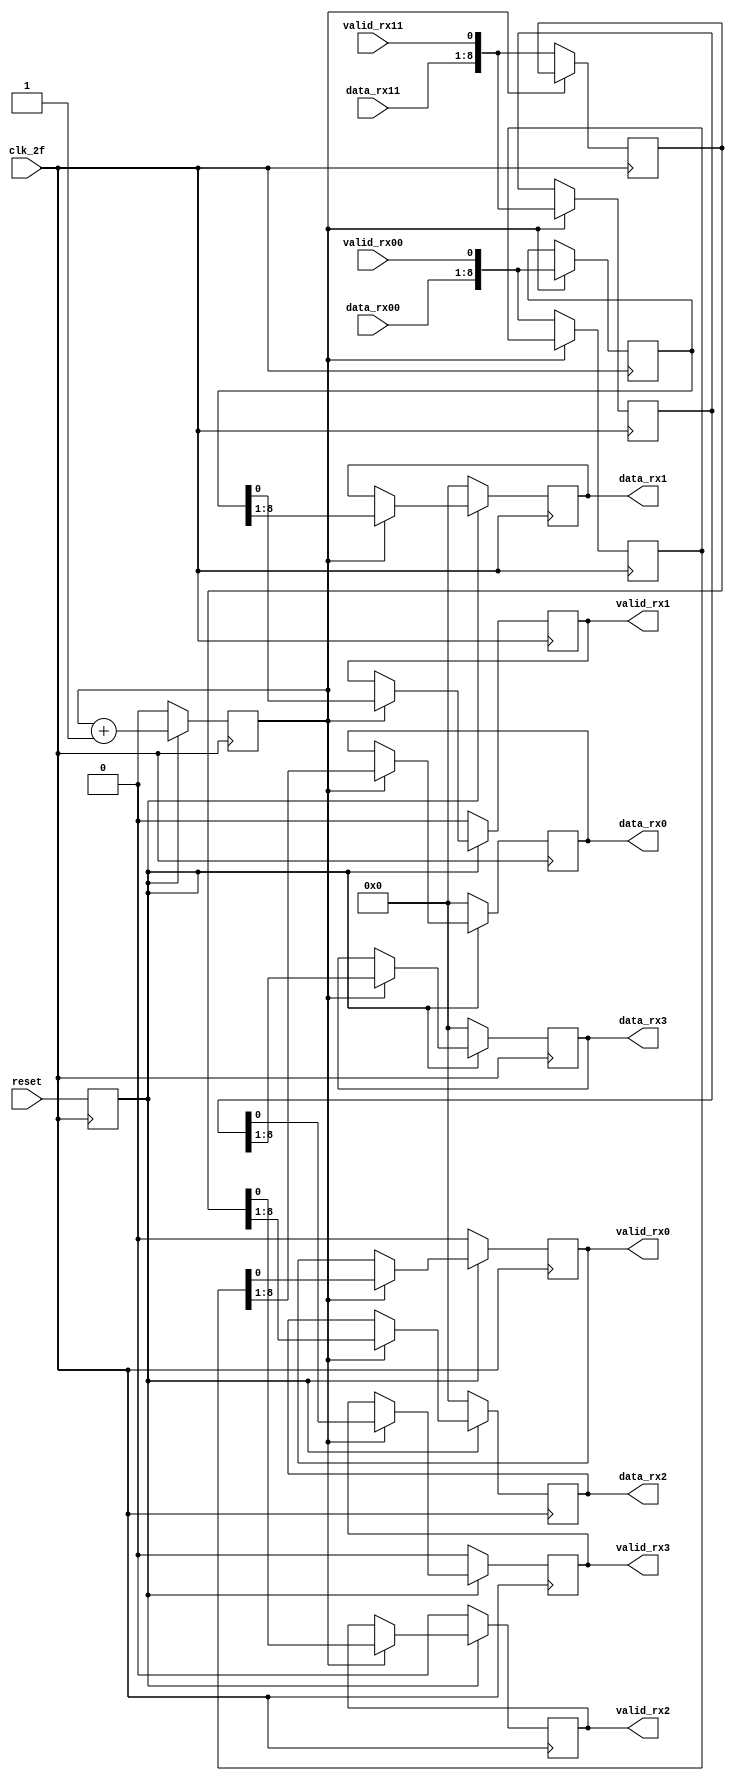
/* CREADOR: FREDDY ZUNIGA CERDAS PARA EL PROYECTO 1 DE
 CIRCUITOS DIGITALES II I SEMESTRE 2021.
 
 ESTE MODULO SE ENCARGA DE PASAR 2 LINEAS DE DATOS EN
 PARALELO A 4 LINEAS EN PARALELO DUPLICANDO EL PERIODO.
 
 LAS SALIDAS YA SALEN SINCRONIZADAS AL FLANCO ALTO DEL clk_f
 */

module demux2x4_8bits( output reg [7:0] data_rx0, data_rx1,
		       output reg [7:0] data_rx2, data_rx3,
		       output reg 	valid_rx0, valid_rx1,
		       output reg 	valid_rx2, valid_rx3,
		       input wire [7:0] data_rx00, data_rx11,
		       input wire 	valid_rx00, valid_rx11, 
		       input wire       clk_2f, reset );
   

   reg 					reset_s;
   reg [8:0] 				paq_0, paq_1, paq_2, paq_3;
   reg					counter;


   always @( posedge clk_2f ) begin
      reset_s <= reset;
   end
   
   always @( posedge clk_2f ) begin
      if( reset_s ) begin
	 counter <= counter + 1'b1;
      end
      else begin
	 counter <= 1'b0;
      end
   end
   
   
   always @( negedge clk_2f ) begin
      if( !counter ) begin
	 paq_0 <= {data_rx00, valid_rx00};
	 paq_2 <= {data_rx11, valid_rx11};
      end
      else begin
	 paq_1 <= {data_rx00, valid_rx00};
	 paq_3 <= {data_rx11, valid_rx11};
      end     
   end // always @ ( negedge clk_2f )

   always @( posedge clk_2f ) begin
      if( reset_s ) begin
	 if( counter ) begin
	    {data_rx0, valid_rx0} <= paq_0;
	    {data_rx1, valid_rx1} <= paq_1;
	    {data_rx2, valid_rx2} <= paq_2;
	    {data_rx3, valid_rx3} <= paq_3;
	 end
      end
      else begin
	 {data_rx0, valid_rx0} <= 9'b0;
	 {data_rx1, valid_rx1} <= 9'b0;
	 {data_rx2, valid_rx2} <= 9'b0;
	 {data_rx3, valid_rx3} <= 9'b0;
      end	 
   end

endmodule // demux2x4_8bits